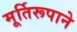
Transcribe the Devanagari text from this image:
मूर्तिरूपाने